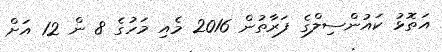
އަތޮޅު ކައުންސިލްގެ ފަރާތުން 2016 މެއި މަހުގެ 8 ން 12 އަށް